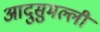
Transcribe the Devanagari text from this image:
आदुसुमल्ली